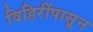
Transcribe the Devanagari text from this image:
विहिरींपासून